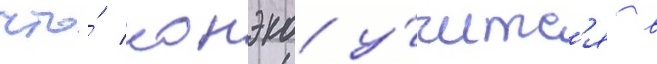
что́ конэко у́читс'я в